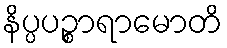
နိပ္ပပဉ္စာရာမောတိ